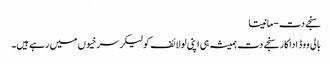
سنجے دت-مانیتا
بالی ووڈ اداکار سنجے دت ہمیشہ ہی اپنی لولائف کولیکر سرخیوں میں رہے ہیں۔